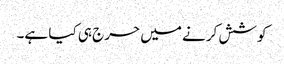
کو شش کرنے میں حرج ہی کیا ہے۔